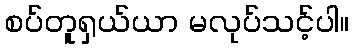
စပ်တူရှယ်ယာ မလုပ်သင့်ပါ။